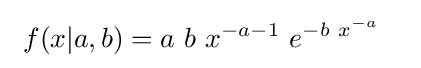
\ f(x|a,b)=a\ b\ x^{-a-1}\ e^{-b\ x^{-a}}\quad